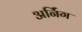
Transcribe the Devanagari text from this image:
अर्निंग